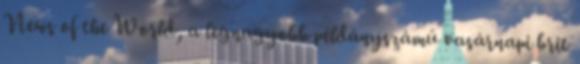
News of the World, a legnagyobb példányszámú vasárnapi brit